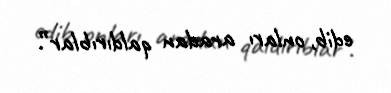
edib, onları aradan qaldırıblar”.